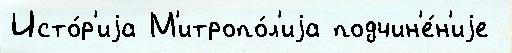
Исто́р'иjа М'итропо́л'иjа подчин'е́н'иjе